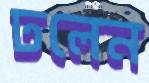
ঢলেন